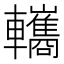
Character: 𨏳